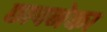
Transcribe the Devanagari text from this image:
छापनेका